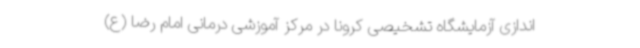
اندازی آزمایشگاه تشخیصی کرونا در مرکز آموزشی درمانی امام رضا (ع)